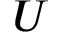
U